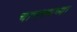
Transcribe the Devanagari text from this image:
चाणक्यच्या